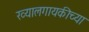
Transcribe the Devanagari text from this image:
ख्यालगायकीच्या